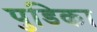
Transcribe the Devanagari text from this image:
पुडिका